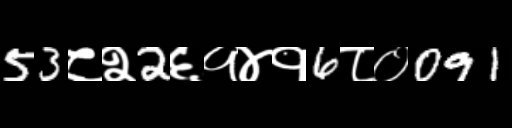
Text: 53८२2६१४१6८०091